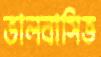
ভালবাসিত